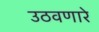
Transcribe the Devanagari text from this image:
उठवणारे